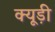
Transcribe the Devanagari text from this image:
क्यूड़ी